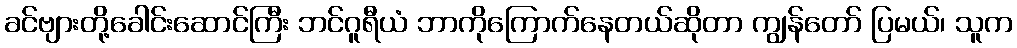
ခင်ဗျားတို့ခေါင်းဆောင်ကြီး ဘင်ဂူရီယံ ဘာကိုကြောက်နေတယ်ဆိုတာ ကျွန်တော် ပြမယ်၊ သူက